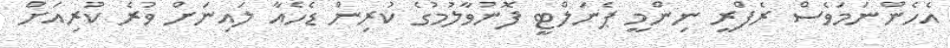
އެހެންނަމަވެސް ރެފްރީ ނިންމީ ޕެނަލްޓީ ފޮނުވާލުމުގެ ކުރިން ޑެހެއާ ލައިނަށް ވުރެ ކުރިއަށް